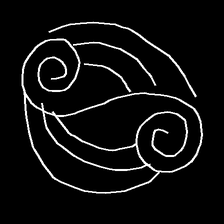
Glyph: wind-underfoot